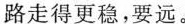
路走得更稳，要远。